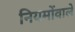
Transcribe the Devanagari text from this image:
नियमोंवाले